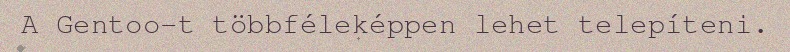
A Gentoo-t többféleképpen lehet telepíteni.